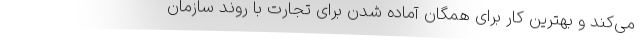
می‌کند و بهترین کار برای همگان آماده شدن برای تجارت با روند سازمان